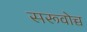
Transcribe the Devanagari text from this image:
सरूवोच्च